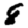
Digit: 8